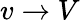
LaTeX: v\rightarrow V